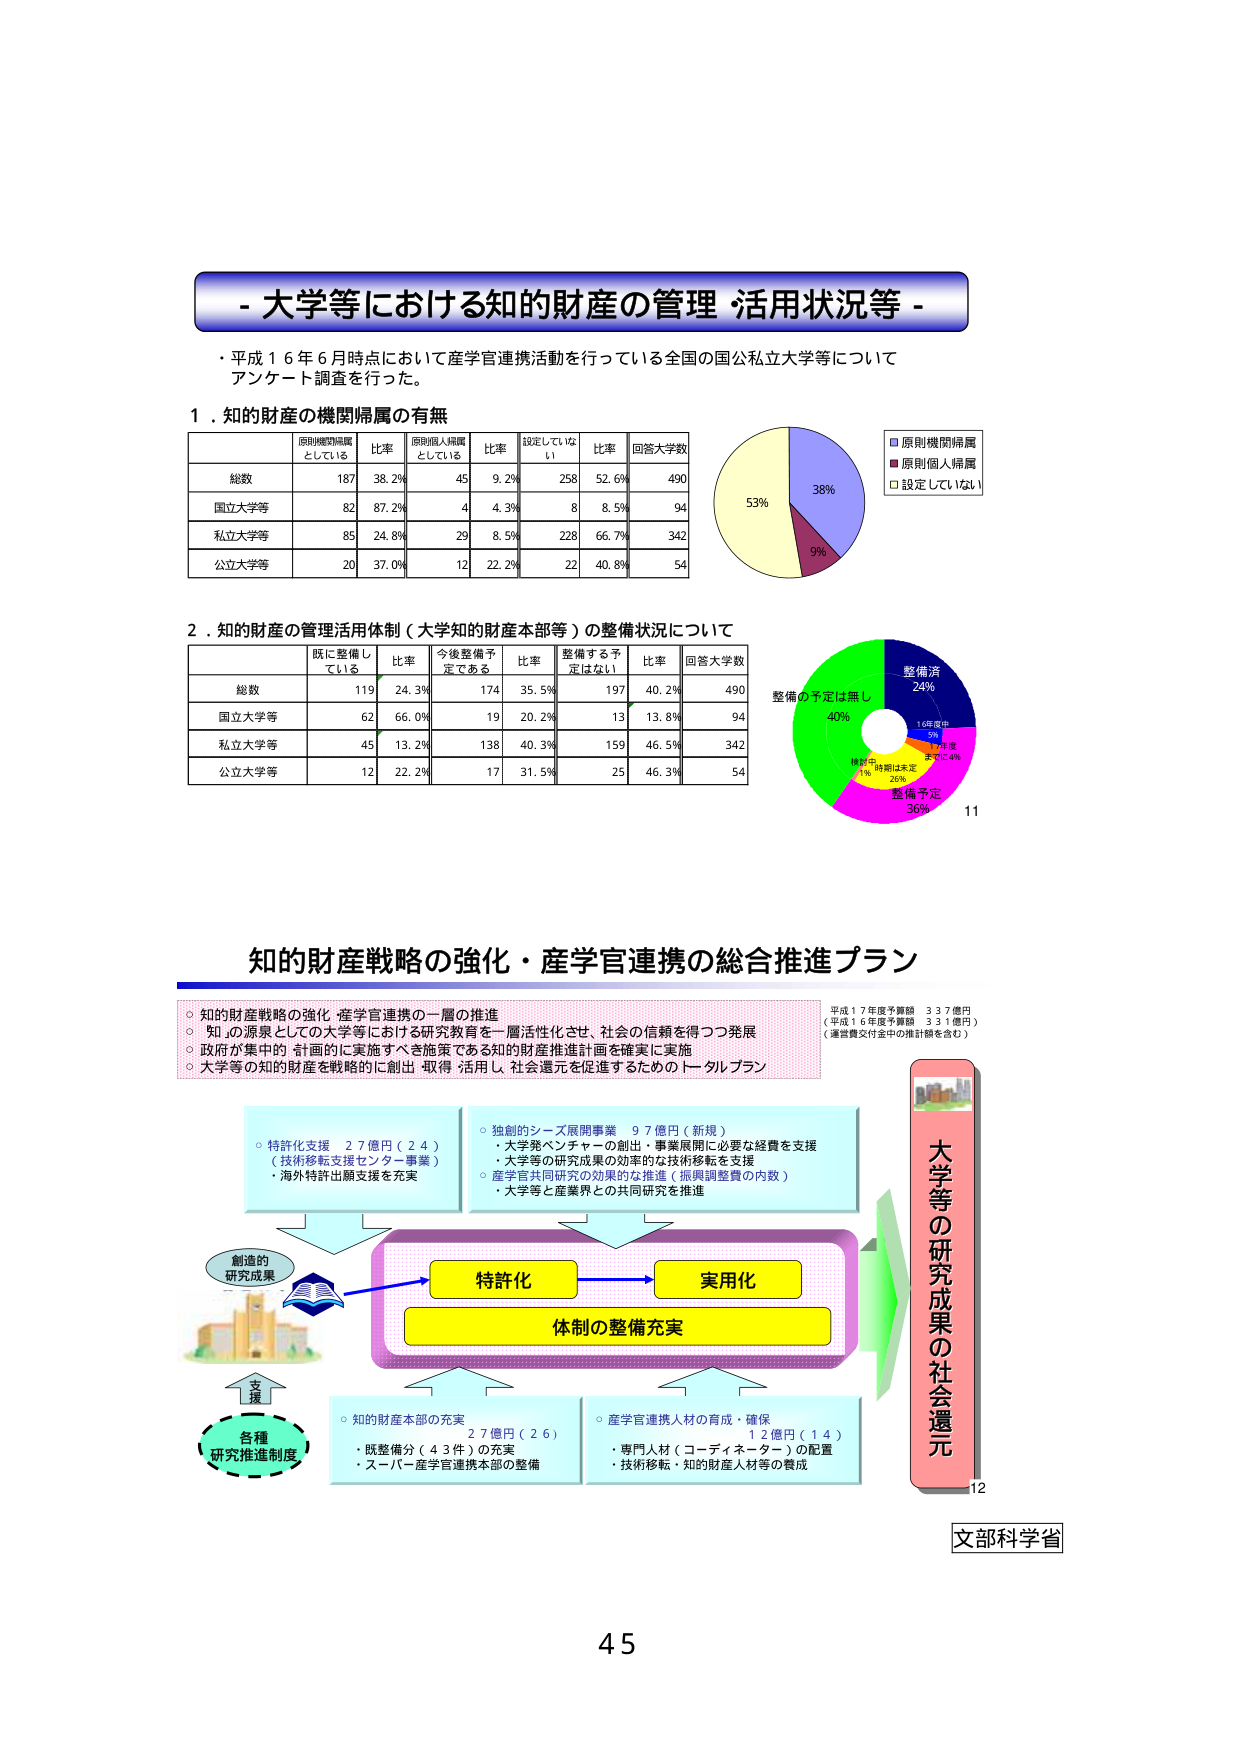
- 大学等における知的財産の管理・活用状況等 -

・平成１６年６月時点において産学官連携活動を行っている全国の国公私立大学等についてアンケート調査を行った。

１．知的財産の機関帰属の有無

| | 原則機関帰属 している | 比率 | 原則個人帰属 している | 比率 | 設定していな い | 比率 | 回答大学数 |
|---|---|---|---|---|---|---|---|
| 総数 | 187 | 38.2% | 45 | 9.2% | 258 | 52.6% | 490 |
| 国立大学等 | 82 | 87.2% | 4 | 4.3% | 8 | 8.5% | 94 |
| 私立大学等 | 85 | 24.8% | 29 | 8.5% | 228 | 66.7% | 342 |
| 公立大学等 | 20 | 37.0% | 12 | 22.2% | 22 | 40.8% | 54 |

■ 原則機関帰属
■ 原則個人帰属
□ 設定していない

53%
38%
9%

２．知的財産の管理活用体制（大学知的財産本部等）の整備状況について

| | 既に整備し ている | 比率 | 今後整備予 定である | 比率 | 整備する予 定はない | 比率 | 回答大学数 |
|---|---|---|---|---|---|---|---|
| 総数 | 119 | 24.3% | 174 | 35.5% | 197 | 40.2% | 490 |
| 国立大学等 | 62 | 66.0% | 19 | 20.2% | 13 | 13.8% | 94 |
| 私立大学等 | 45 | 13.2% | 138 | 40.3% | 159 | 46.5% | 342 |
| 公立大学等 | 12 | 22.2% | 17 | 31.5% | 25 | 46.3% | 54 |

整備の予定は無し 40%
整備済 24%
16年度中 7%
17年度 までに4%
様子見 1% 時期は未定 26%
整備予定 36%

11

知的財産戦略の強化・産学官連携の総合推進プラン

○ 知的財産戦略の強化・産学官連携の一層の推進
○ 知の源泉としての大学等における研究教育の一層活性化させ、社会の信頼を得つつ発展
○ 政府が集中的・計画的に実施すべき施策である知的財産推進計画を確実に実施
○ 大学等の知的財産を戦略的に創出・取得・活用し、社会還元を促進するためのトータルプラン

平成１７年度予算額 ３３７億円
（平成１６年度予算額 ３３１億円）
（運営費交付金中の推計額を含む）

○ 特許化支援 ２７億円（２４）
（技術移転支援センター事業）
・海外特許出願支援を充実

○ 独創的シーズ展開事業 ９７億円（新規）
・大学発ベンチャーの創出・事業展開に必要な経費を支援
・大学等の研究成果の効率的な技術移転を支援
○ 産学官共同研究の効果的な推進（振興調整費の内数）
・大学等と産業界との共同研究を推進

創造的 研究成果

特許化 → 実用化
体制の整備充実

○ 知的財産本部の充実 ２７億円（２６）
・既整備分（４３件）の充実
・スーパー産学官連携本部の整備

○ 産学官連携人材の育成・確保 １２億円（１４）
・専門人材（コーディネーター）の配置
・技術移転・知的財産人材等の養成

支援
各種 研究推進制度

大学等の研究成果の社会還元

12

文部科学省

45